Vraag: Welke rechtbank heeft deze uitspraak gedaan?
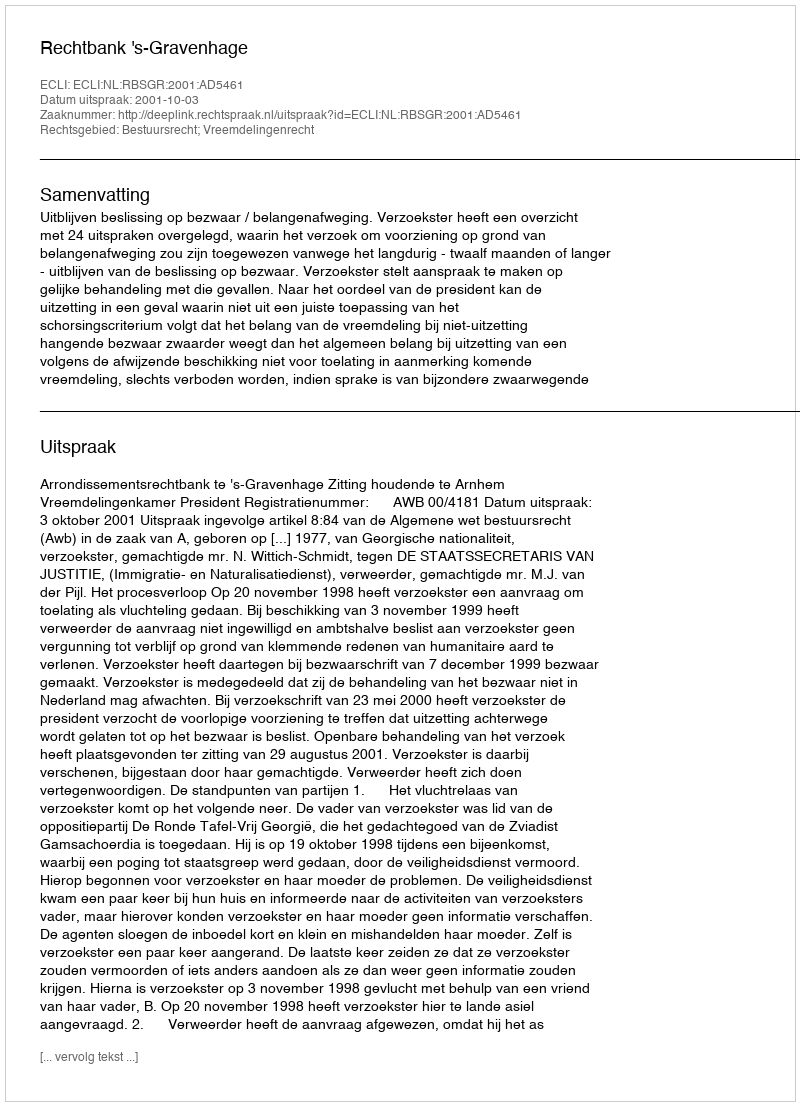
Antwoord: Rechtbank 's-Gravenhage